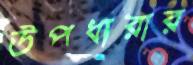
উপধারার